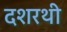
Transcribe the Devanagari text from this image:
दशरथी